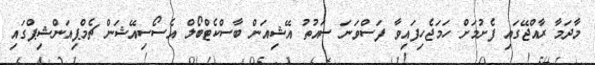
މާދަމާ ރާއްޖޭގައި ފެށުމަށް ހަމަޖެހިފައިވާ ފަސްވަނަ ސައުތު އޭޝިއަން ބާސްކެޓްބޯލް އެސޯސިއޭޝަން ޗެމްޕިއަންޝިޕްގައި